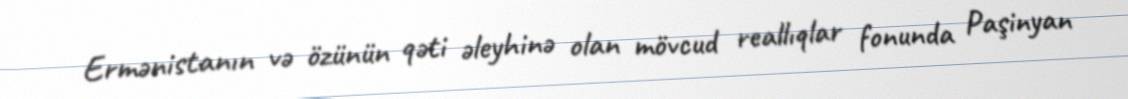
Ermənistanın və özünün qəti əleyhinə olan mövcud reallıqlar fonunda Paşinyan